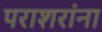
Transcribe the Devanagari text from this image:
पराशरांना